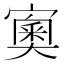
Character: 𡪿